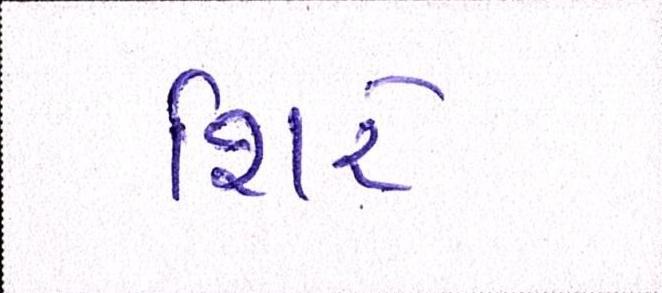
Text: શિરે